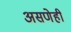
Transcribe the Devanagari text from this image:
असणेही